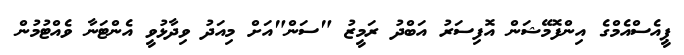
ޕީއެސްއެމްގެ އިންފޮމޭޝަން އޮފިސަރު އަބްދު ރަމީޒު "ސަން"އަށް މިއަދު ވިދާޅުވީ އެންޓަނާ ވެއްޓުމުން